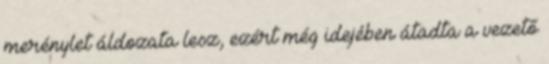
merénylet áldozata lesz, ezért még idejében átadta a vezető